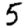
Digit: 5